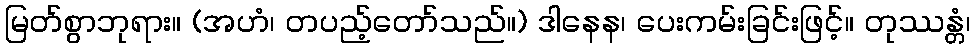
မြတ်စွာဘုရား။ (အဟံ၊ တပည့်တော်သည်။) ဒါနေန၊ ပေးကမ်းခြင်းဖြင့်။ တုဿန္တံ၊